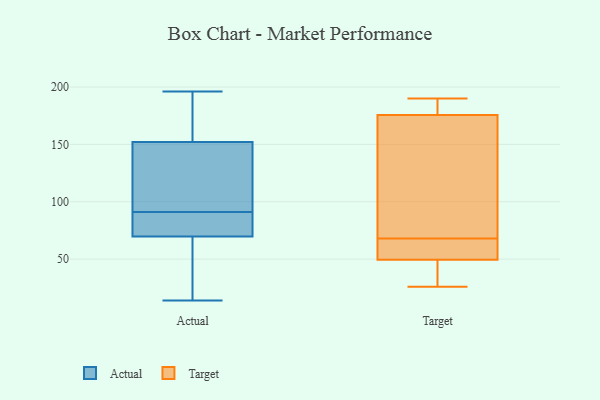
{"axis": {"x": "Gross Profit (USD K)", "y": "Value"}, "legend": ["Actual", "Target"], "data": [{"x": "", "y": 35, "type": "Actual"}, {"x": "", "y": 148, "type": "Actual"}, {"x": "", "y": 63, "type": "Actual"}, {"x": "", "y": 43, "type": "Actual"}, {"x": "", "y": 169, "type": "Actual"}, {"x": "", "y": 14, "type": "Actual"}, {"x": "", "y": 72, "type": "Actual"}, {"x": "", "y": 91, "type": "Actual"}, {"x": "", "y": 76, "type": "Actual"}, {"x": "", "y": 143, "type": "Actual"}, {"x": "", "y": 164, "type": "Actual"}, {"x": "", "y": 189, "type": "Actual"}, {"x": "", "y": 101, "type": "Actual"}, {"x": "", "y": 98, "type": "Actual"}, {"x": "", "y": 196, "type": "Actual"}, {"x": "", "y": 78, "type": "Actual"}, {"x": "", "y": 82, "type": "Actual"}, {"x": "", "y": 168, "type": "Target"}, {"x": "", "y": 26, "type": "Target"}, {"x": "", "y": 51, "type": "Target"}, {"x": "", "y": 59, "type": "Target"}, {"x": "", "y": 68, "type": "Target"}, {"x": "", "y": 49, "type": "Target"}, {"x": "", "y": 153, "type": "Target"}, {"x": "", "y": 178, "type": "Target"}, {"x": "", "y": 35, "type": "Target"}, {"x": "", "y": 180, "type": "Target"}, {"x": "", "y": 190, "type": "Target"}]}